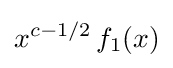
x^{c-1/2}\,f_{1}(x)